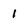
Character: 1